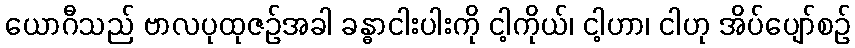
ယောဂီသည် ဗာလပုထုဇဉ်အခါ ခန္ဓာငါးပါးကို ငါ့ကိုယ်၊ ငါ့ဟာ၊ ငါဟု အိပ်ပျော်စဉ်